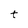
Character: t